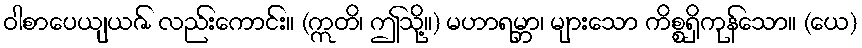
ဝါစာပေယျယဇ် လည်းကောင်း။ (ဣတိ၊ ဤသို့။) မဟာရမ္ဘာ၊ များသော ကိစ္စရှိကုန်သော။ (ယေ)